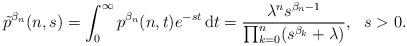
LaTeX: \begin{align*}\tilde{p}^{\beta_n}(n,s)=\int_0^{\infty}p^{\beta_n}(n,t)e^{-st}\,\mathrm{d}t=\frac{\lambda^ns^{\beta_n-1}}{\prod_{k=0}^n(s^{\beta_k}+\lambda)},\ \ s>0.\end{align*}